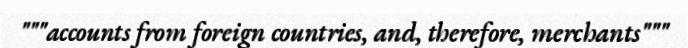
"""accounts from foreign countries, and, therefore, merchants"""